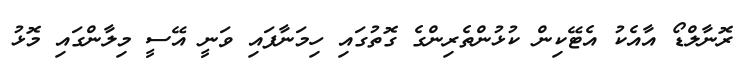
ރޮނާލްޑޯ އާއެކު އެޓޭކިން ކުޅުންތެރިންގެ ގޮތުގައި ހިމަނާފައި ވަނީ އޭސީ މިލާންގައި މޮޅު